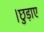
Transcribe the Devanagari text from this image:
।छुड़ाए